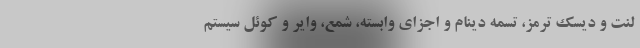
لنت و دیسک ترمز، تسمه دینام و اجزای وابسته، ‌شمع، وایر و کوئل سیستم